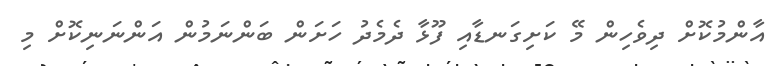
އާންމުކޮށް ދިވެހިން މޭ ކަށިގަނޑާއި ފޫޅާ ދެމެދު ހަށަން ބަންނަމުން އަންނަނިކޮށް މި